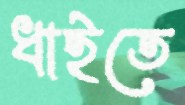
ধাইতে